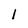
Character: 1